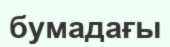
бумадағы